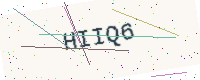
Text: HIIQ6